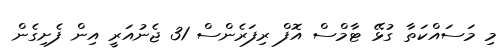
މި މަސައްކަތާ ގުޅޭ ޓާމްސް އޮފް ރިފަރެންސް 31 ޖެނުއަރީ އިން ފެށިގެން